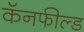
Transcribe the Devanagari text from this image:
कॅनफील्ड